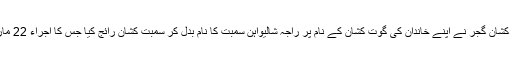
دراصل راجہ کنشک کشان گجر نے اپنے خاندان کی گوت کشان کے نام پر راجہ شالیواہن سمبت کا نام بدل کر سمبت کشان رائج کیا جس کا اجراء 22 مارچ سن 78ء میں ہوا۔